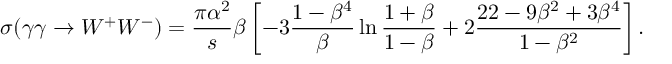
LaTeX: \sigma ( \gamma \gamma \rightarrow W ^ { + } W ^ { - } ) = \frac { \pi \alpha ^ { 2 } } { s } \beta \left[ - 3 \frac { 1 - \beta ^ { 4 } } { \beta } \ln \frac { 1 + \beta } { 1 - \beta } + 2 \frac { 2 2 - 9 \beta ^ { 2 } + 3 \beta ^ { 4 } } { 1 - \beta ^ { 2 } } \right] .